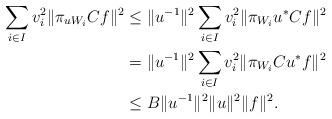
LaTeX: \begin{align*}\sum _{i \in I} v_{i}^{2} \Vert \pi _{uW_{i}}Cf\Vert ^{2}&\leq \Vert u^{-1}\Vert^{2}\sum _{i \in I} v_{i}^{2}\Vert\pi _{W_{i}}u^{*}Cf\Vert ^{2}\\&=\Vert u^{-1}\Vert^2\sum_{i\in I}v_i^2\Vert \pi_{W_i}C u^{*}f\Vert^2\\&\leq B \Vert u^{-1}\Vert^{2}\Vert u \Vert^{2} \Vert f\Vert^{2}.\end{align*}